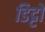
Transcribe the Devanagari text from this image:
डिट्टो